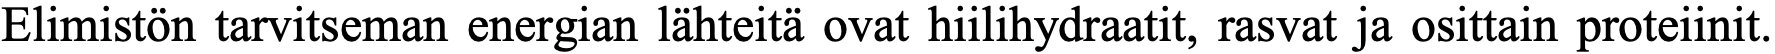
Elimistön tarvitseman energian lähteitä ovat hiilihydraatit, rasvat ja osittain proteiinit.